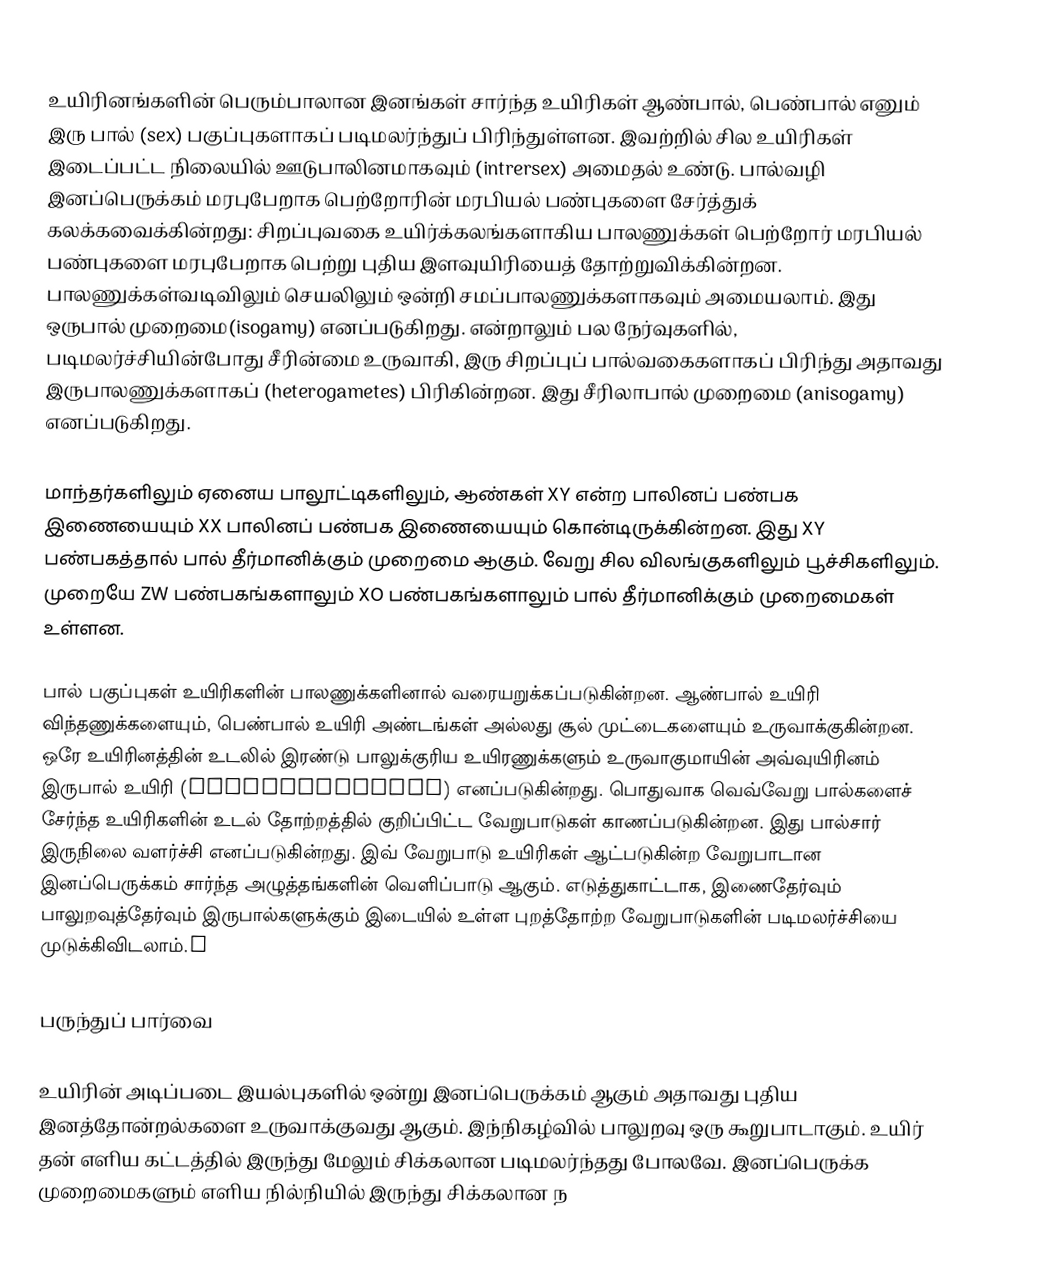
உயிரினங்களின் பெரும்பாலான இனங்கள் சார்ந்த உயிரிகள் ஆண்பால், பெண்பால் எனும் இரு பால்  (sex) பகுப்புகளாகப் படிமலர்ந்துப் பிரிந்துள்ளன.  இவற்றில் சில உயிரிகள் இடைப்பட்ட நிலையில் ஊடுபாலினமாகவும் (intrersex) அமைதல் உண்டு. பால்வழி இனப்பெருக்கம் மரபுபேறாக பெற்றோரின் மரபியல் பண்புகளை சேர்த்துக் கலக்கவைக்கின்றது: சிறப்புவகை உயிர்க்கலங்களாகிய பாலணுக்கள் பெற்றோர் மரபியல் பண்புகளை மரபுபேறாக பெற்று புதிய இளவுயிரியைத் தோற்றுவிக்கின்றன. பாலணுக்கள்வடிவிலும் செயலிலும் ஒன்றி சமப்பாலணுக்களாகவும் அமையலாம். இது ஒருபால் முறைமை(isogamy) எனப்படுகிறது. என்றாலும் பல நேர்வுகளில், படிமலர்ச்சியின்போது சீரின்மை உருவாகி, இரு சிறப்புப் பால்வகைகளாகப் பிரிந்து அதாவது இருபாலணுக்களாகப் (heterogametes) பிரிகின்றன. இது சீரிலாபால் முறைமை (anisogamy) எனப்படுகிறது.

மாந்தர்களிலும் ஏனைய பாலூட்டிகளிலும், ஆண்கள் XY என்ற பாலினப் பண்பக இணையையும் XX பாலினப் பண்பக இணையையும் கொன்டிருக்கின்றன. இது XY  பண்பகத்தால் பால் தீர்மானிக்கும் முறைமை ஆகும். வேறு சில விலங்குகளிலும் பூச்சிகளிலும்.  முறையே ZW  பண்பகங்களாலும் XO பண்பகங்களாலும் பால் தீர்மானிக்கும் முறைமைகள் உள்ளன.

பால் பகுப்புகள்  உயிரிகளின்  பாலணுக்களினால் வரையறுக்கப்படுகின்றன. ஆண்பால் உயிரி விந்தணுக்களையும், பெண்பால் உயிரி அண்டங்கள் அல்லது சூல் முட்டைகளையும் உருவாக்குகின்றன. ஒரே உயிரினத்தின் உடலில் இரண்டு பாலுக்குரிய உயிரணுக்களும் உருவாகுமாயின் அவ்வுயிரினம் இருபால் உயிரி (hermaphroditic) எனப்படுகின்றது. பொதுவாக வெவ்வேறு பால்களைச் சேர்ந்த உயிரிகளின் உடல் தோற்றத்தில் குறிப்பிட்ட வேறுபாடுகள் காணப்படுகின்றன. இது பால்சார் இருநிலை வளர்ச்சி எனப்படுகின்றது. இவ் வேறுபாடு உயிரிகள் ஆட்படுகின்ற வேறுபாடான இனப்பெருக்கம் சார்ந்த அழுத்தங்களின் வெளிப்பாடு ஆகும். எடுத்துகாட்டாக, இணைதேர்வும் பாலுறவுத்தேர்வும் இருபால்களுக்கும் இடையில் உள்ள புறத்தோற்ற வேறுபாடுகளின் படிமலர்ச்சியை முடுக்கிவிடலாம்.y

பருந்துப் பார்வை

உயிரின் அடிப்படை இயல்புகளில் ஒன்று இனப்பெருக்கம் ஆகும் அதாவது புதிய இனத்தோன்றல்களை உருவாக்குவது ஆகும். இந்நிகழ்வில் பாலுறவு ஒரு கூறுபாடாகும். உயிர் தன் எளிய கட்டத்தில் இருந்து மேலும் சிக்கலான படிமலர்ந்தது போலவே. இனப்பெருக்க முறைமைகளும் எளிய நில்நியில் இருந்து சிக்கலான ந